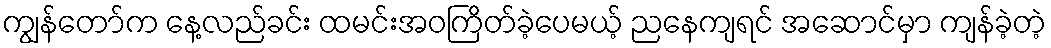
ကျွန်တော်က နေ့လည်ခင်း ထမင်းအဝကြိတ်ခဲ့ပေမယ့် ညနေကျရင် အဆောင်မှာ ကျန်ခဲ့တဲ့